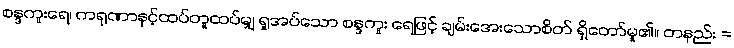
စန္ဒကူးရေ၊ ကရုဏာနှင့်ထပ်တူထပ်မျှ ရှုအပ်သော စန္ဒကူး ရေဖြင့် ချမ်းအေးသောစိတ် ရှိတော်မူ၏။ တနည်း =